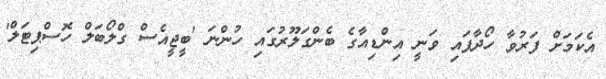
އެކަމަށް ފަރުވާ ހޯދާފައި ވަނީ އިންޑިއާގެ ބެންގަލޫރުގައި ހުންނަ 'ބީޖީއެސް ގްލޯބަލް ހޮސްޕިޓަލް'